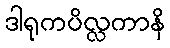
ဒါရုကပိလ္လကာနိ